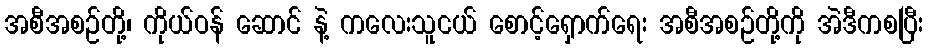
အစီအစဉ်တို့၊ ကိုယ်ဝန် ဆောင် နဲ့ ကလေးသူငယ် စောင့်ရှောက်ရေး အစီအစဉ်တို့ကို အဲဒီကစပြီး